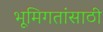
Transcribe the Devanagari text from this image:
भूमिगतांसाठी